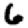
Digit: 6